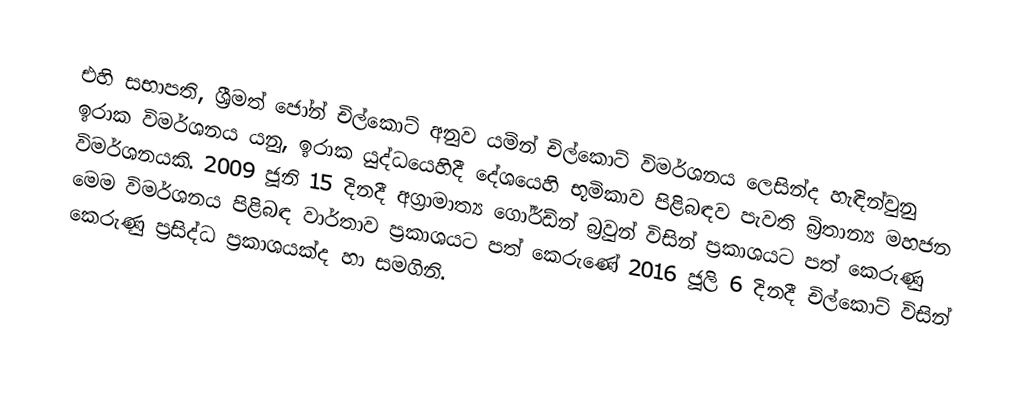
එහි සභාපති, ශ්‍රීමත් ජෝන් චිල්කොට් අනුව යමින් චිල්කොට් විමර්ශනය ලෙසින්ද හැඳින්වුනු ඉරාක විමර්ශනය යනු, ඉරාක යුද්ධයෙහිදී දේශයෙහි භූමිකාව පිළිබඳව පැවති බ්‍රිතාන්‍ය මහජන විමර්ශනයකි. 2009 ජූනි 15 දිනදී  අග්‍රාමාත්‍ය ගෝර්ඩ්න් බ්‍රවුන් විසින් ප්‍රකාශයට පත් කෙරුණු මෙම විමර්ශනය පිළිබඳ වාර්තාව ප්‍රකාශයට පත් කෙරුණේ 2016 ජූලි 6 දිනදී චිල්කොට් විසින් කෙරුණු ප්‍රසිද්ධ ප්‍රකාශයක්ද හා සමගිනි.